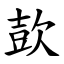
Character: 㰻